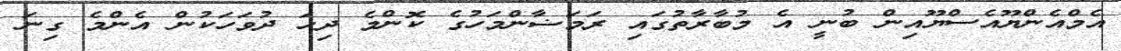
އެމްއެންޔޫއެސްޔޫއިން ބުނީ އެ މުބާރާތުގައި ރަމަޟާންމަހުގެ ކޮންމެ ދިހަ ދުވަހަކުން އެންމެ ގިނަ